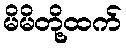
မိမိတို့ထက်